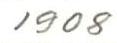
1908